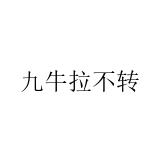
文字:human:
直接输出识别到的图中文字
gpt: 九牛拉不转